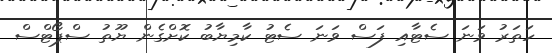
ހަތަރު ވަނަ ސެޓާއި ފަސް ވަނަ ސެޓު ކާމިޔާބު ކޮށްގެން ޔޫތު ސްޕޯޓްސް